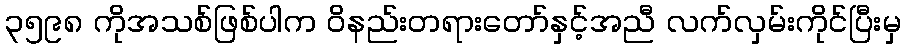
၃၅၉၈ ကိုအသစ်ဖြစ်ပါက ဝိနည်းတရားတော်နှင့်အညီ လက်လှမ်းကိုင်ပြီးမှ